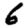
Digit: 6